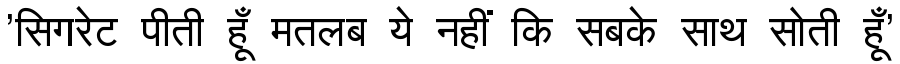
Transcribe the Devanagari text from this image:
'सिगरेट पीती हूँ मतलब ये नहीं कि सबके साथ सोती हूँ'